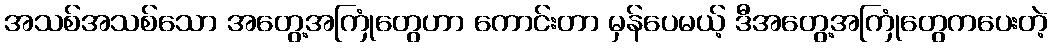
အသစ်အသစ်သော အတွေ့အကြုံတွေဟာ ကောင်းတာ မှန်ပေမယ့် ဒီအတွေ့အကြုံတွေကပေးတဲ့